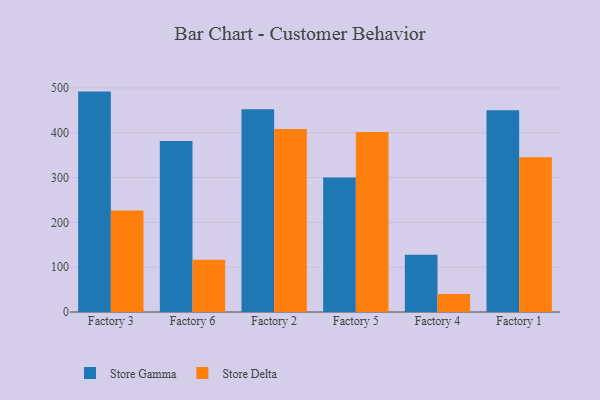
{"axis": {"x": "Factory", "y": "Active Users"}, "legend": ["Store Delta", "Store Gamma"], "data": [{"x": "Factory 3", "y": 491.8, "type": "Store Gamma"}, {"x": "Factory 3", "y": 226.3, "type": "Store Delta"}, {"x": "Factory 6", "y": 381.8, "type": "Store Gamma"}, {"x": "Factory 6", "y": 116.8, "type": "Store Delta"}, {"x": "Factory 2", "y": 452.6, "type": "Store Gamma"}, {"x": "Factory 2", "y": 408.6, "type": "Store Delta"}, {"x": "Factory 5", "y": 300.4, "type": "Store Gamma"}, {"x": "Factory 5", "y": 401.9, "type": "Store Delta"}, {"x": "Factory 4", "y": 127.8, "type": "Store Gamma"}, {"x": "Factory 4", "y": 40.4, "type": "Store Delta"}, {"x": "Factory 1", "y": 450.2, "type": "Store Gamma"}, {"x": "Factory 1", "y": 345.5, "type": "Store Delta"}]}